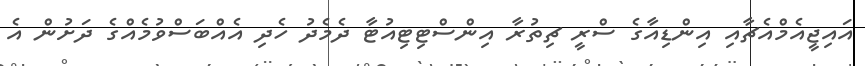
އައިޖީއެމްއެޗާއި އިންޑިއާގެ ސްރީ ޗިތުރާ އިންސްޓިޓިއުޓާ ދެމެދު ހެދި އެއްބަސްވުމެއްގެ ދަށުން އެ